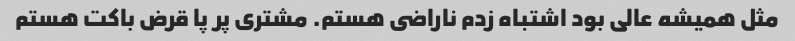
مثل همیشه عالى بود اشتباه زدم ناراضى هستم. مشترى پر پا قرض باکت هستم